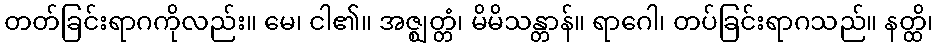
တတ်ခြင်းရာဂကိုလည်း။ မေ၊ ငါ၏။ အဇ္ဈတ္တံ၊ မိမိသန္တာန်။ ရာဂေါ၊ တပ်ခြင်းရာဂသည်။ နတ္ထိ၊